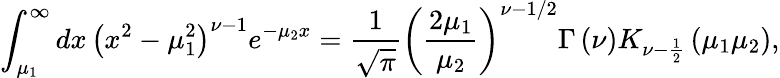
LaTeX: \int_{\mu_{1}}^{\infty}dx\, \left(x^{2}-\mu_{1}^{2}\right)^{\nu-1}e^{-\mu_{2}x}=\frac{1}{\sqrt{\pi}}\left(\frac{2\mu_{1}}{\mu_{2}}\right)^{\nu-1/2}\Gamma\left(\nu\right)K_{\nu-\frac{1}{2}}\left(\mu_{1}\mu_{2}\right),